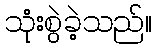
သုံးစွဲခဲ့သည်။